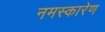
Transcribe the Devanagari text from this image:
नमस्कारेण